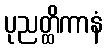
ပုညတ္ထိကာနံ